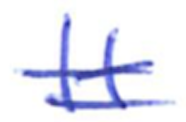
Text: It
Cross-out: double-line
Writing tool: ballpoint